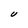
Character: U